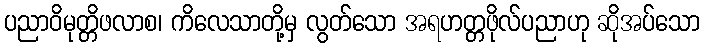
ပညာဝိမုတ္တိဖလာစ၊ ကိလေသာတို့မှ လွတ်သော အရဟတ္တဖိုလ်ပညာဟု ဆိုအပ်သော